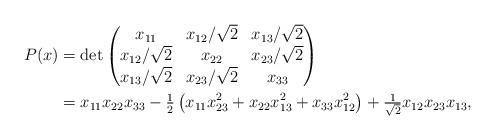
LaTeX: \begin{align*}P(x) & = \det \begin{pmatrix} x_{11} & x_{12}/\sqrt{2} & x_{13}/\sqrt{2} \\ x_{12}/\sqrt{2} & x_{22} & x_{23}/\sqrt{2}\\ x_{13}/\sqrt{2} & x_{23}/\sqrt{2} & x_{33}\end{pmatrix}\\ &= x_{11}x_{22}x_{33} - \tfrac{1}{2}\left(x_{11}x_{23}^{2} + x_{22}x_{13}^{2} + x_{33}x_{12}^{2}\right) + \tfrac{1}{\sqrt{2}}x_{12}x_{23}x_{13},\end{align*}